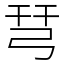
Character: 𢏗